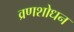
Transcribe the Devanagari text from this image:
व्रणशोधन